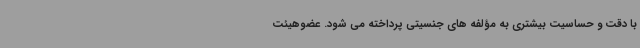
با دقت و حساسیت بیشتری به مؤلفه های جنسیتی پرداخته می شود. عضوهیئت